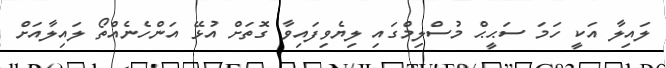
ލައިލާ އަކީ ހަމަ ސަޙީޙް މުސްލިމްގައި ލިޔެވިފައިވާ ގޮތަށް އުޅޭ އަންހެނެއްތޯ ލައިލާއަށް